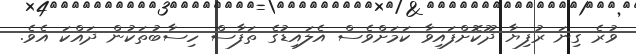
ވުރެ ގިނަ ރުފިޔާ ދޫކޮށްފައިވާ ކަމަށްވެސް އެލައިޑުގެ ތަފާސް ހިސާބުތަކުން ދައްކަ އެވެ.